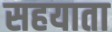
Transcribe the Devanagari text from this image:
सहयाता